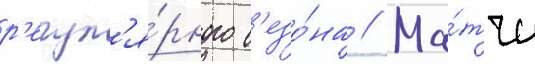
р'егул'я́рного с'езо́на // Ма́тчи